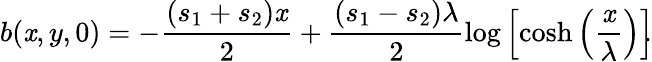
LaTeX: b(\mathit{x},y,0)=-\frac{{(s_{1}+s_{2})\mathit{x}}}{{2}}+\frac{{(s_{1}-s_{2})\lambda}}{{2}}\log\left[\cosh\left(\frac{{\mathit{x}}}{{\lambda}}\right)\right]\! \! .